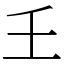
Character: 𡈼